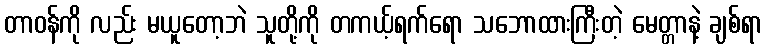
တာဝန်ကို လည်း မယူတော့ဘဲ သူတို့ကို တကယ့်ရက်ရော သဘောထားကြီးတဲ့ မေတ္တာနဲ့ ချစ်ရာ